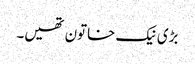
بڑی نیک خاتون تھیں۔